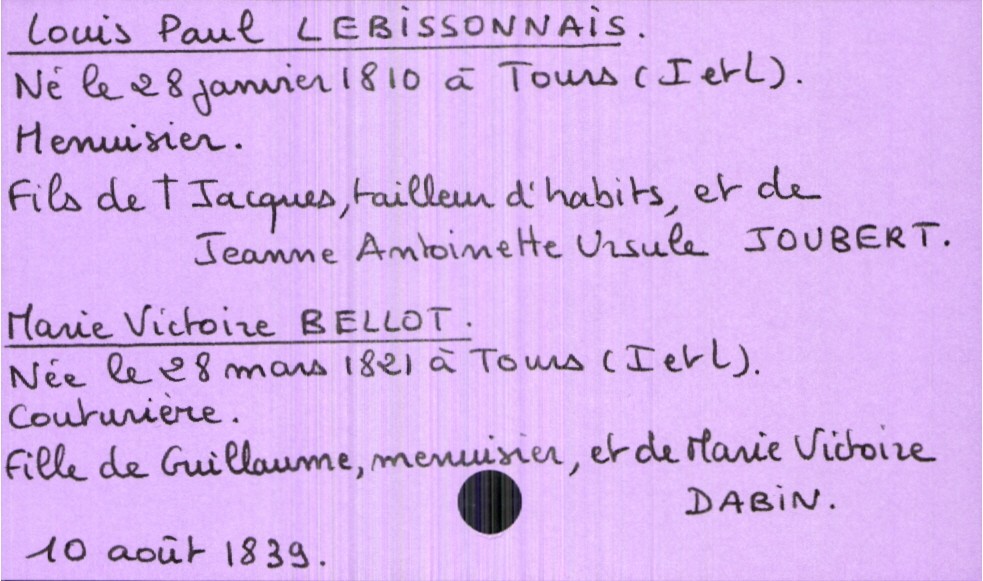
type_acte: Mariage
année: 1839
mois: août
jour: 10
marié_nom: Lebissonnais
marié_prénom: Louis Paul
marié_profession: menuisier
marié_date_de_naissance: 28 janvier 1810
marié_lieu_de_naissance: Tours (Indre et Loire)
père_marié_nom: Lebissonnais
père_marié_prénom: Jacques
père_marié_profession: tailleur d'habits
père_marié_statut: décédé
mère_marié_nom: Joubert
mère_marié_prénom: Jeanne Antoinette Ursule
mariée_nom: Bellot
mariée_prénom: Marie Victoire
mariée_profession: couturière
mariée_date_de_naissance: 28 mars 1821
mariée_lieu_de_naissance: Tours (Indre et Loire)
père_mariée_nom: Bellot
père_mariée_prénom: Guillaume
père_mariée_profession: menuisier
mère_mariée_nom: Dabin
mère_mariée_prénom: Marie Victoire